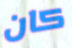
كان